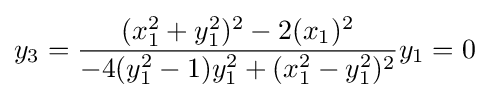
y_{3}={\frac {(x_{1}^{2}+y_{1}^{2})^{2}-2(x_{1})^{2}}{-4(y_{1}^{2}-1)y_{1}^{2}+(x_{1}^{2}-y_{1}^{2})^{2}}}y_{1}=0